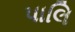
પાલિ